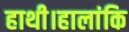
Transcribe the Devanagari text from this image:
हाथी।हालांकि